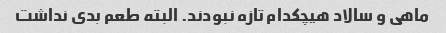
ماهی و سالاد هیچکدام تازه نبودند. البته طعم بدی نداشت